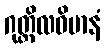
ဂုတ္တိလဝိမာနံ